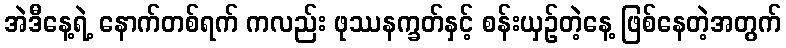
အဲဒီနေ့ရဲ့ နောက်တစ်ရက် ကလည်း ဖုဿနက္ခတ်နှင့် စန်းယှဉ်တဲ့နေ့ ဖြစ်နေတဲ့အတွက်